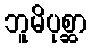
ဘူမိပုစ္ဆာ